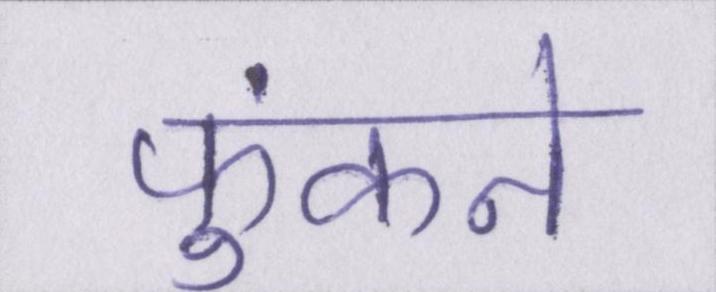
फुंकने